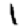
Digit: 1